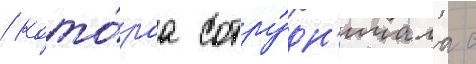
/ кото́раа сотру́дн'ичала с